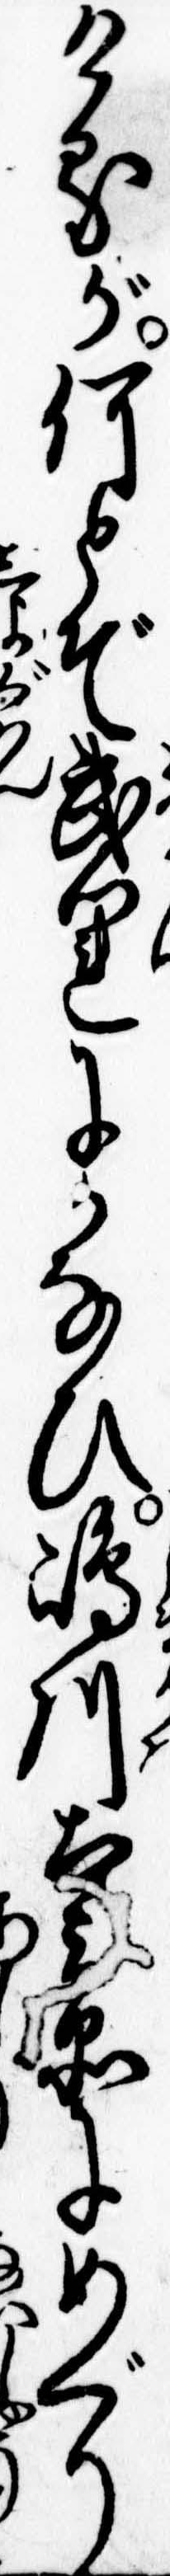
けるが何とぞ武運にかなひ島川太兵衛にめぐり